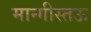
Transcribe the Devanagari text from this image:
मान्गीस्तऊ